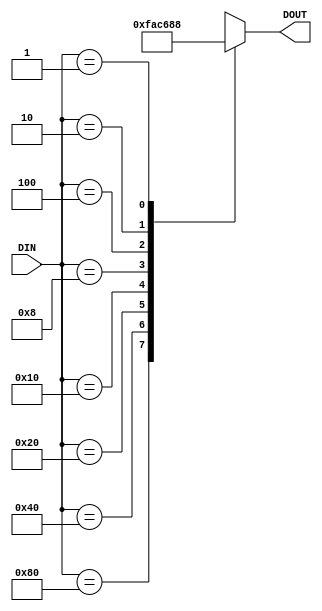
module encode(DIN, DOUT);
input wire [7:0] DIN;
output wire [2:0] DOUT;

function [2:0] enc;
  input [7:0] a;
  case (a)
    128: enc = 7;
     64: enc = 6;
     32: enc = 5;
     16: enc = 4;
      8: enc = 3;
      4: enc = 2;
      2: enc = 1;
      1: enc = 0;
  endcase
endfunction

assign DOUT = enc(DIN);

endmodule